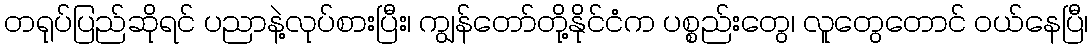
တရုပ်ပြည်ဆိုရင် ပညာနဲ့လုပ်စားပြီး၊ ကျွန်တော်တို့နိုင်ငံက ပစ္စည်းတွေ၊ လူတွေတောင် ဝယ်နေပြီ၊